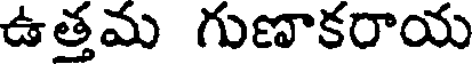
ఉత్తమ గుణాకరాయ